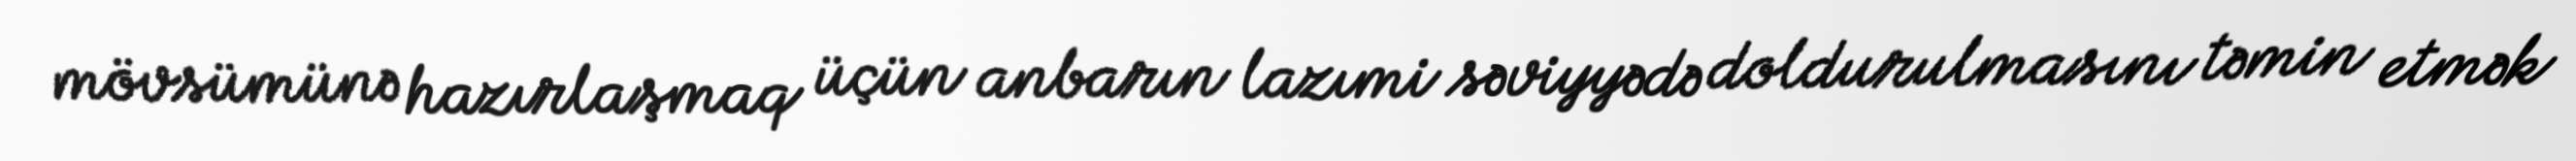
mövsümünə hazırlaşmaq üçün anbarın lazımi səviyyədə doldurulmasını təmin etmək